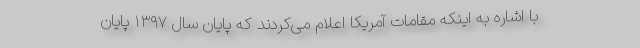
با اشاره به اینکه مقامات آمریکا اعلام می‌کردند که پایان سال ۱۳۹۷ پایان